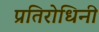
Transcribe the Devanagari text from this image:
प्रतिरोधिनी